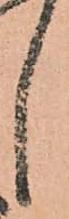
し